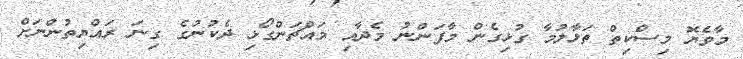
މާވެޔޮ މިސްކިތް ތަޅާލުމާ ގުޅިގެން މާފަންނު މެދާއި މައްޗަންގޯޅި ދެކުނުގެ ގިނަ ރައްޔިތުންނަށް